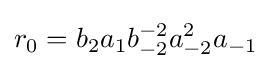
r_{0}=b_{2}a_{1}b_{-2}^{-2}a_{-2}^{2}a_{-1}